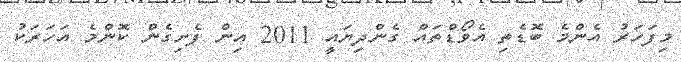
މިފަހަރު އެންމެ ބޮޑެތި އެވޯޑްތައް ގެންދިޔައީ 2011 އިން ފެށިގެން ކޮންމެ އަހަރަކު